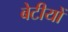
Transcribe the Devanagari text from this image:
बेटीयों